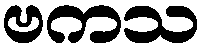
ဗကသ